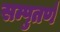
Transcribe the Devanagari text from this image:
सम्पुतर्ण